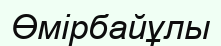
Өмірбайұлы